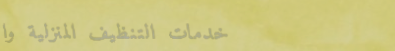
خدمات التنظيف المنزلية وا